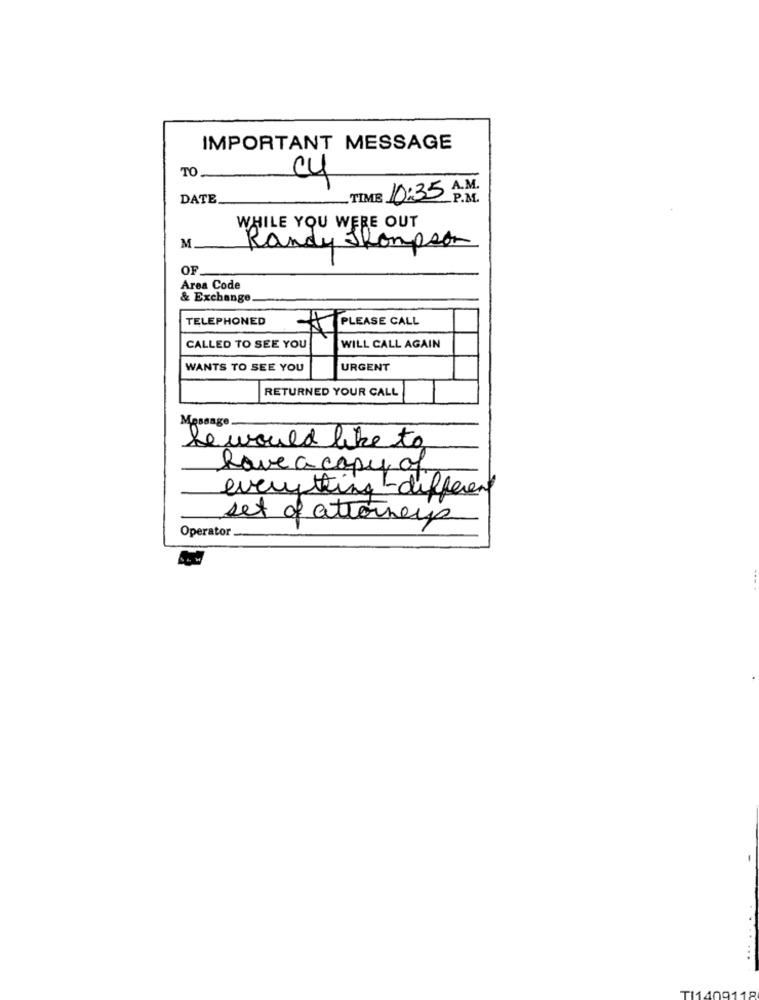
IMPORTANT MESSAGE
TO
cy
TIME 10:35 A.M.
DATE
.P.M.
WHILE YOU WERE OUT
M
Randy Thompson
OF
Area Code
& Exchange
TELEPHONED
PLEASE CALL
CALLED TO SEE YOU
WILL CALL AGAIN
WANTS TO SEE YOU
URGENT
RETURNED YOUR CALL
Message -
he would like to
have a copy of
everything - different
set of attorneys
Operator
TI140